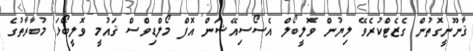
ޤާނޫނީގޮތުން ގެޒެޓްކުރެވޭ ލިޔުން ވޮލީބޯލް އެސޯސިއޭޝަން އޮފް މޯލްޑިވްސް ޤައުމީ ވޮލީބޯޅަ މުބާރާތުގެ